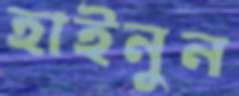
হাইনুন